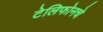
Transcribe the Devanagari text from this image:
टेलिफोनचे